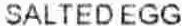
SALTED EGG